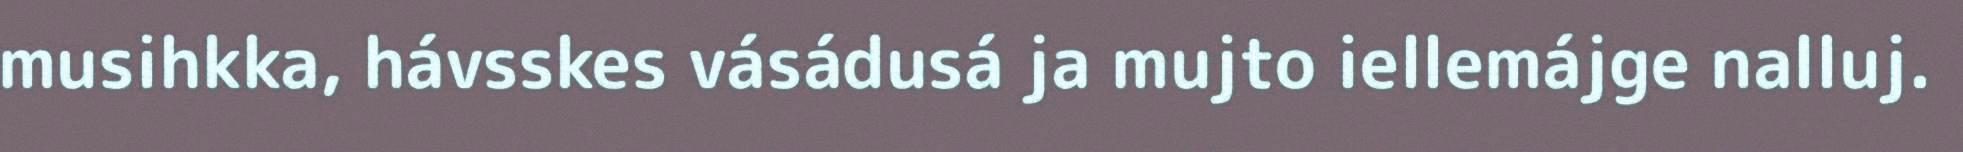
musihkka, hávsskes vásádusá ja mujto iellemájge nalluj.